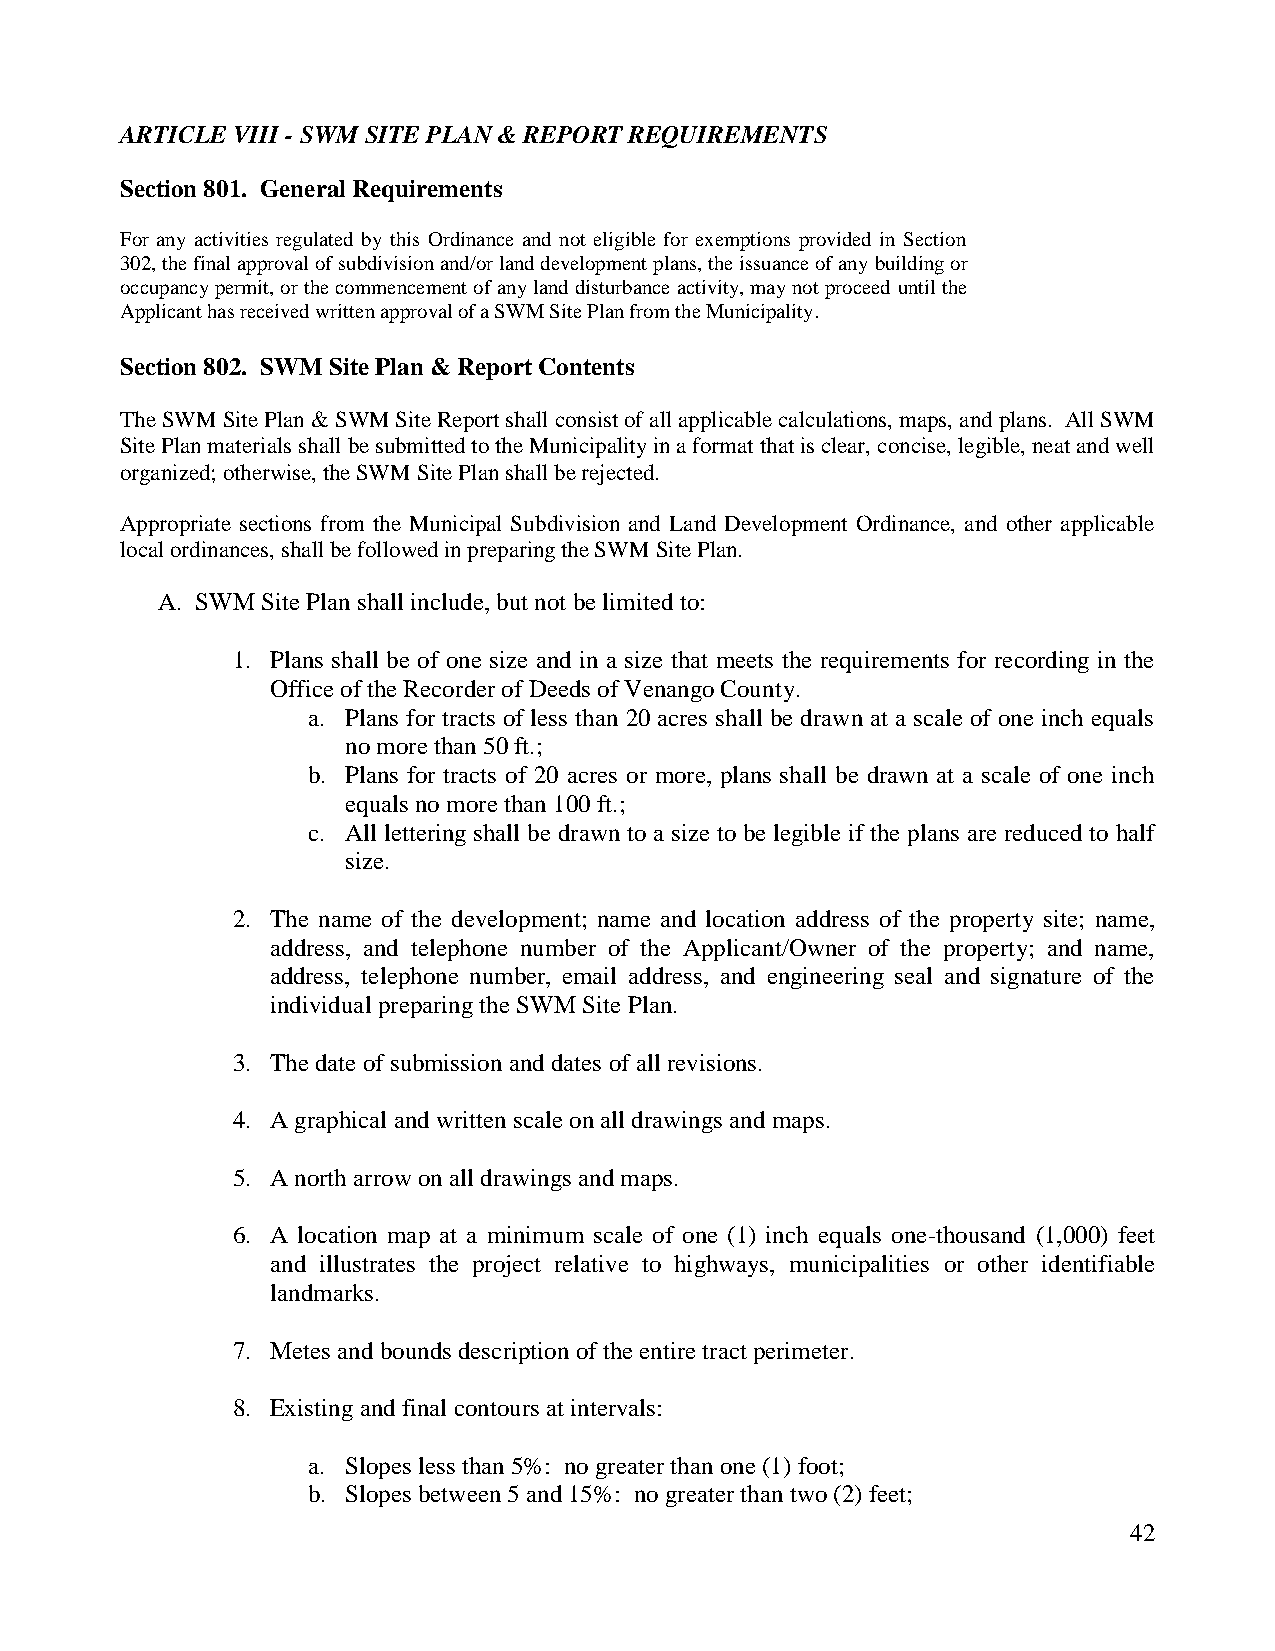
ARTICLE VIII - SWM SITE PLAN & REPORT REQUIREMENTS
 Section 801. General Requirements
 For any activities regulated by this Ordinance and not eligible for exemptions provided in Section
 302, the final approval of subdivision and/or land development plans, the issuance of any building or
 occupancy permit, or the commencement of any land disturbance activity, may not proceed until the
 Applicant has received written approval of a SWM Site Plan from the Municipality.
 Section 802. SWM Site Plan & Report Contents
 The SWM Site Plan & SWM Site Report shall consist of all applicable calculations, maps, and plans. All SWM
 Site Plan materials shall be submitted to the Municipality in a format that is clear, concise, legible, neat and well
 organized; otherwise, the SWM Site Plan shall be rejected.
 Appropriate sections from the Municipal Subdivision and Land Development Ordinance, and other applicable
 local ordinances, shall be followed in preparing the SWM Site Plan.
 A. SWM Site Plan shall include, but not be limited to:
 1. Plans shall be of one size and in a size that meets the requirements for recording in the
 Office of the Recorder of Deeds of Venango County.
 a. Plans for tracts of less than 20 acres shall be drawn at a scale of one inch equals
 no more than 50 ft.;
 b. Plans for tracts of 20 acres or more, plans shall be drawn at a scale of one inch
 equals no more than 100 ft.;
 c. All lettering shall be drawn to a size to be legible if the plans are reduced to half
 size.
 2. The name of the development; name and location address of the property site; name,
 address, and telephone number of the Applicant/Owner of the property; and name,
 address, telephone number, email address, and engineering seal and signature of the
 individual preparing the SWM Site Plan.
 3. The date of submission and dates of all revisions.
 4. A graphical and written scale on all drawings and maps.
 5. A north arrow on all drawings and maps.
 6. A location map at a minimum scale of one (1) inch equals one-thousand (1,000) feet
 and illustrates the project relative to highways, municipalities or other identifiable
 landmarks.
 7. Metes and bounds description of the entire tract perimeter.
 8. Existing and final contours at intervals:
 a. Slopes less than 5%: no greater than one (1) foot;
 b. Slopes between 5 and 15%: no greater than two (2) feet;
 42